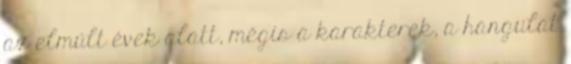
az elmúlt évek alatt, mégis a karakterek, a hangulat